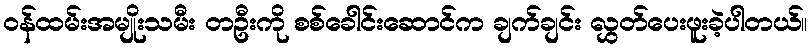
ဝန်ထမ်းအမျိုးသမီး တဦးကို စစ်ခေါင်းဆောင်က ချက်ချင်း လွှတ်ပေးဖူးခဲ့ပါတယ်။